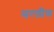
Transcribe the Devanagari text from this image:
सरलीफ